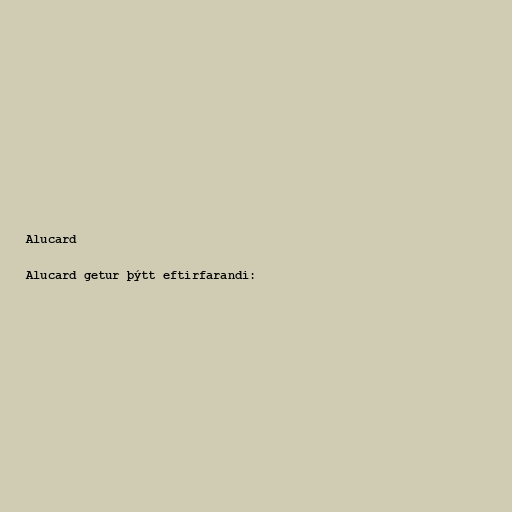
Alucard

Alucard getur þýtt eftirfarandi: